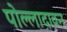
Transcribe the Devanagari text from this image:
पोल्लादावन